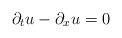
\begin{align*}\partial_tu - \partial_xu = 0\end{align*}